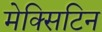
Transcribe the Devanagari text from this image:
मेक्सिटिन